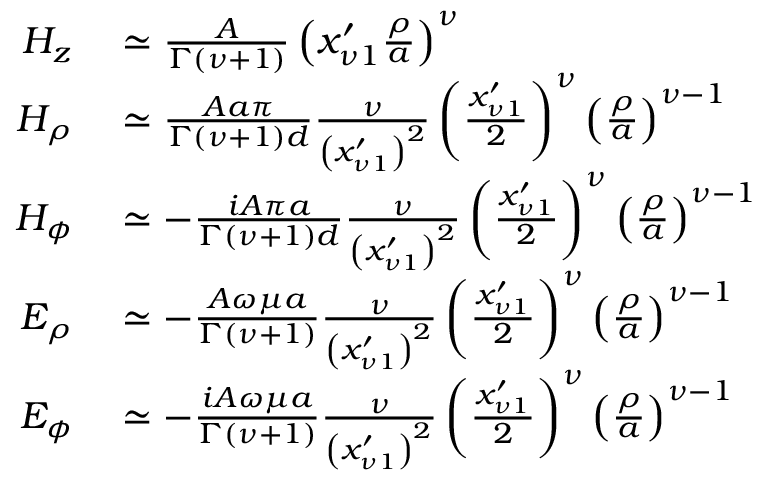
\begin{array} { r l } { H _ { z } } & { { } \simeq \frac { A } { \Gamma \left( \nu + 1 \right) } \left( x _ { \nu 1 } ^ { \prime } \frac { \rho } { a } \right) ^ { \nu } } \\ { H _ { \rho } } & { { } \simeq \frac { A a \pi } { \Gamma \left( \nu + 1 \right) d } \frac { \nu } { \left( x _ { \nu 1 } ^ { \prime } \right) ^ { 2 } } \left( \frac { x _ { \nu 1 } ^ { \prime } } { 2 } \right) ^ { \nu } \left( \frac { \rho } { a } \right) ^ { \nu - 1 } } \\ { H _ { \phi } } & { { } \simeq - \frac { i A \pi a } { \Gamma ( \nu + 1 ) d } \frac { \nu } { \left( x _ { \nu 1 } ^ { \prime } \right) ^ { 2 } } \left( \frac { x _ { \nu 1 } ^ { \prime } } { 2 } \right) ^ { \nu } \left( \frac { \rho } { a } \right) ^ { \nu - 1 } } \\ { E _ { \rho } } & { { } \simeq - \frac { A \omega \mu a } { \Gamma ( \nu + 1 ) } \frac { \nu } { \left( x _ { \nu 1 } ^ { \prime } \right) ^ { 2 } } \left( \frac { x _ { \nu 1 } ^ { \prime } } { 2 } \right) ^ { \nu } \left( \frac { \rho } { a } \right) ^ { \nu - 1 } } \\ { E _ { \phi } } & { { } \simeq - \frac { i A \omega \mu a } { \Gamma ( \nu + 1 ) } \frac { \nu } { \left( x _ { \nu 1 } ^ { \prime } \right) ^ { 2 } } \left( \frac { x _ { \nu 1 } ^ { \prime } } { 2 } \right) ^ { \nu } \left( \frac { \rho } { a } \right) ^ { \nu - 1 } } \end{array}